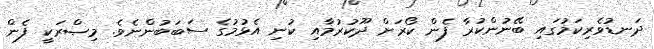
ދަނޑުވެރިކަމުގައި ބޭނުންކުރާ ފެން ކޯރަށް ދޫކުރުމާއި ކުނި އެޅުމުގެ ސަބަބުންނެވެ. މިޞްރަކީ ފެން